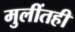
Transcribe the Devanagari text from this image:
मुलींतही